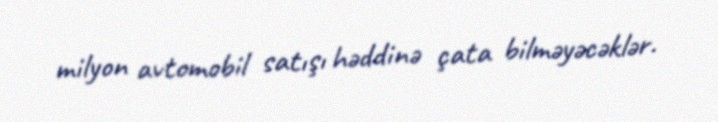
milyon avtomobil satışı həddinə çata bilməyəcəklər.